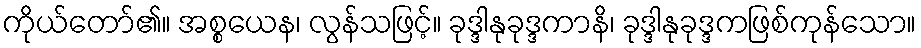
ကိုယ်တော်၏။ အစ္စယေန၊ လွန်သဖြင့်။ ခုဒ္ဒါနုခုဒ္ဒကာနိ၊ ခုဒ္ဒါနုခုဒ္ဒကဖြစ်ကုန်သော။